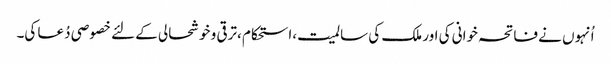
اُنہوں نے فاتحہ خوانی کی اور ملک کی سالمیت،استحکام ،ترقی و خوشحالی کے لئے خصوصی دُعا کی۔